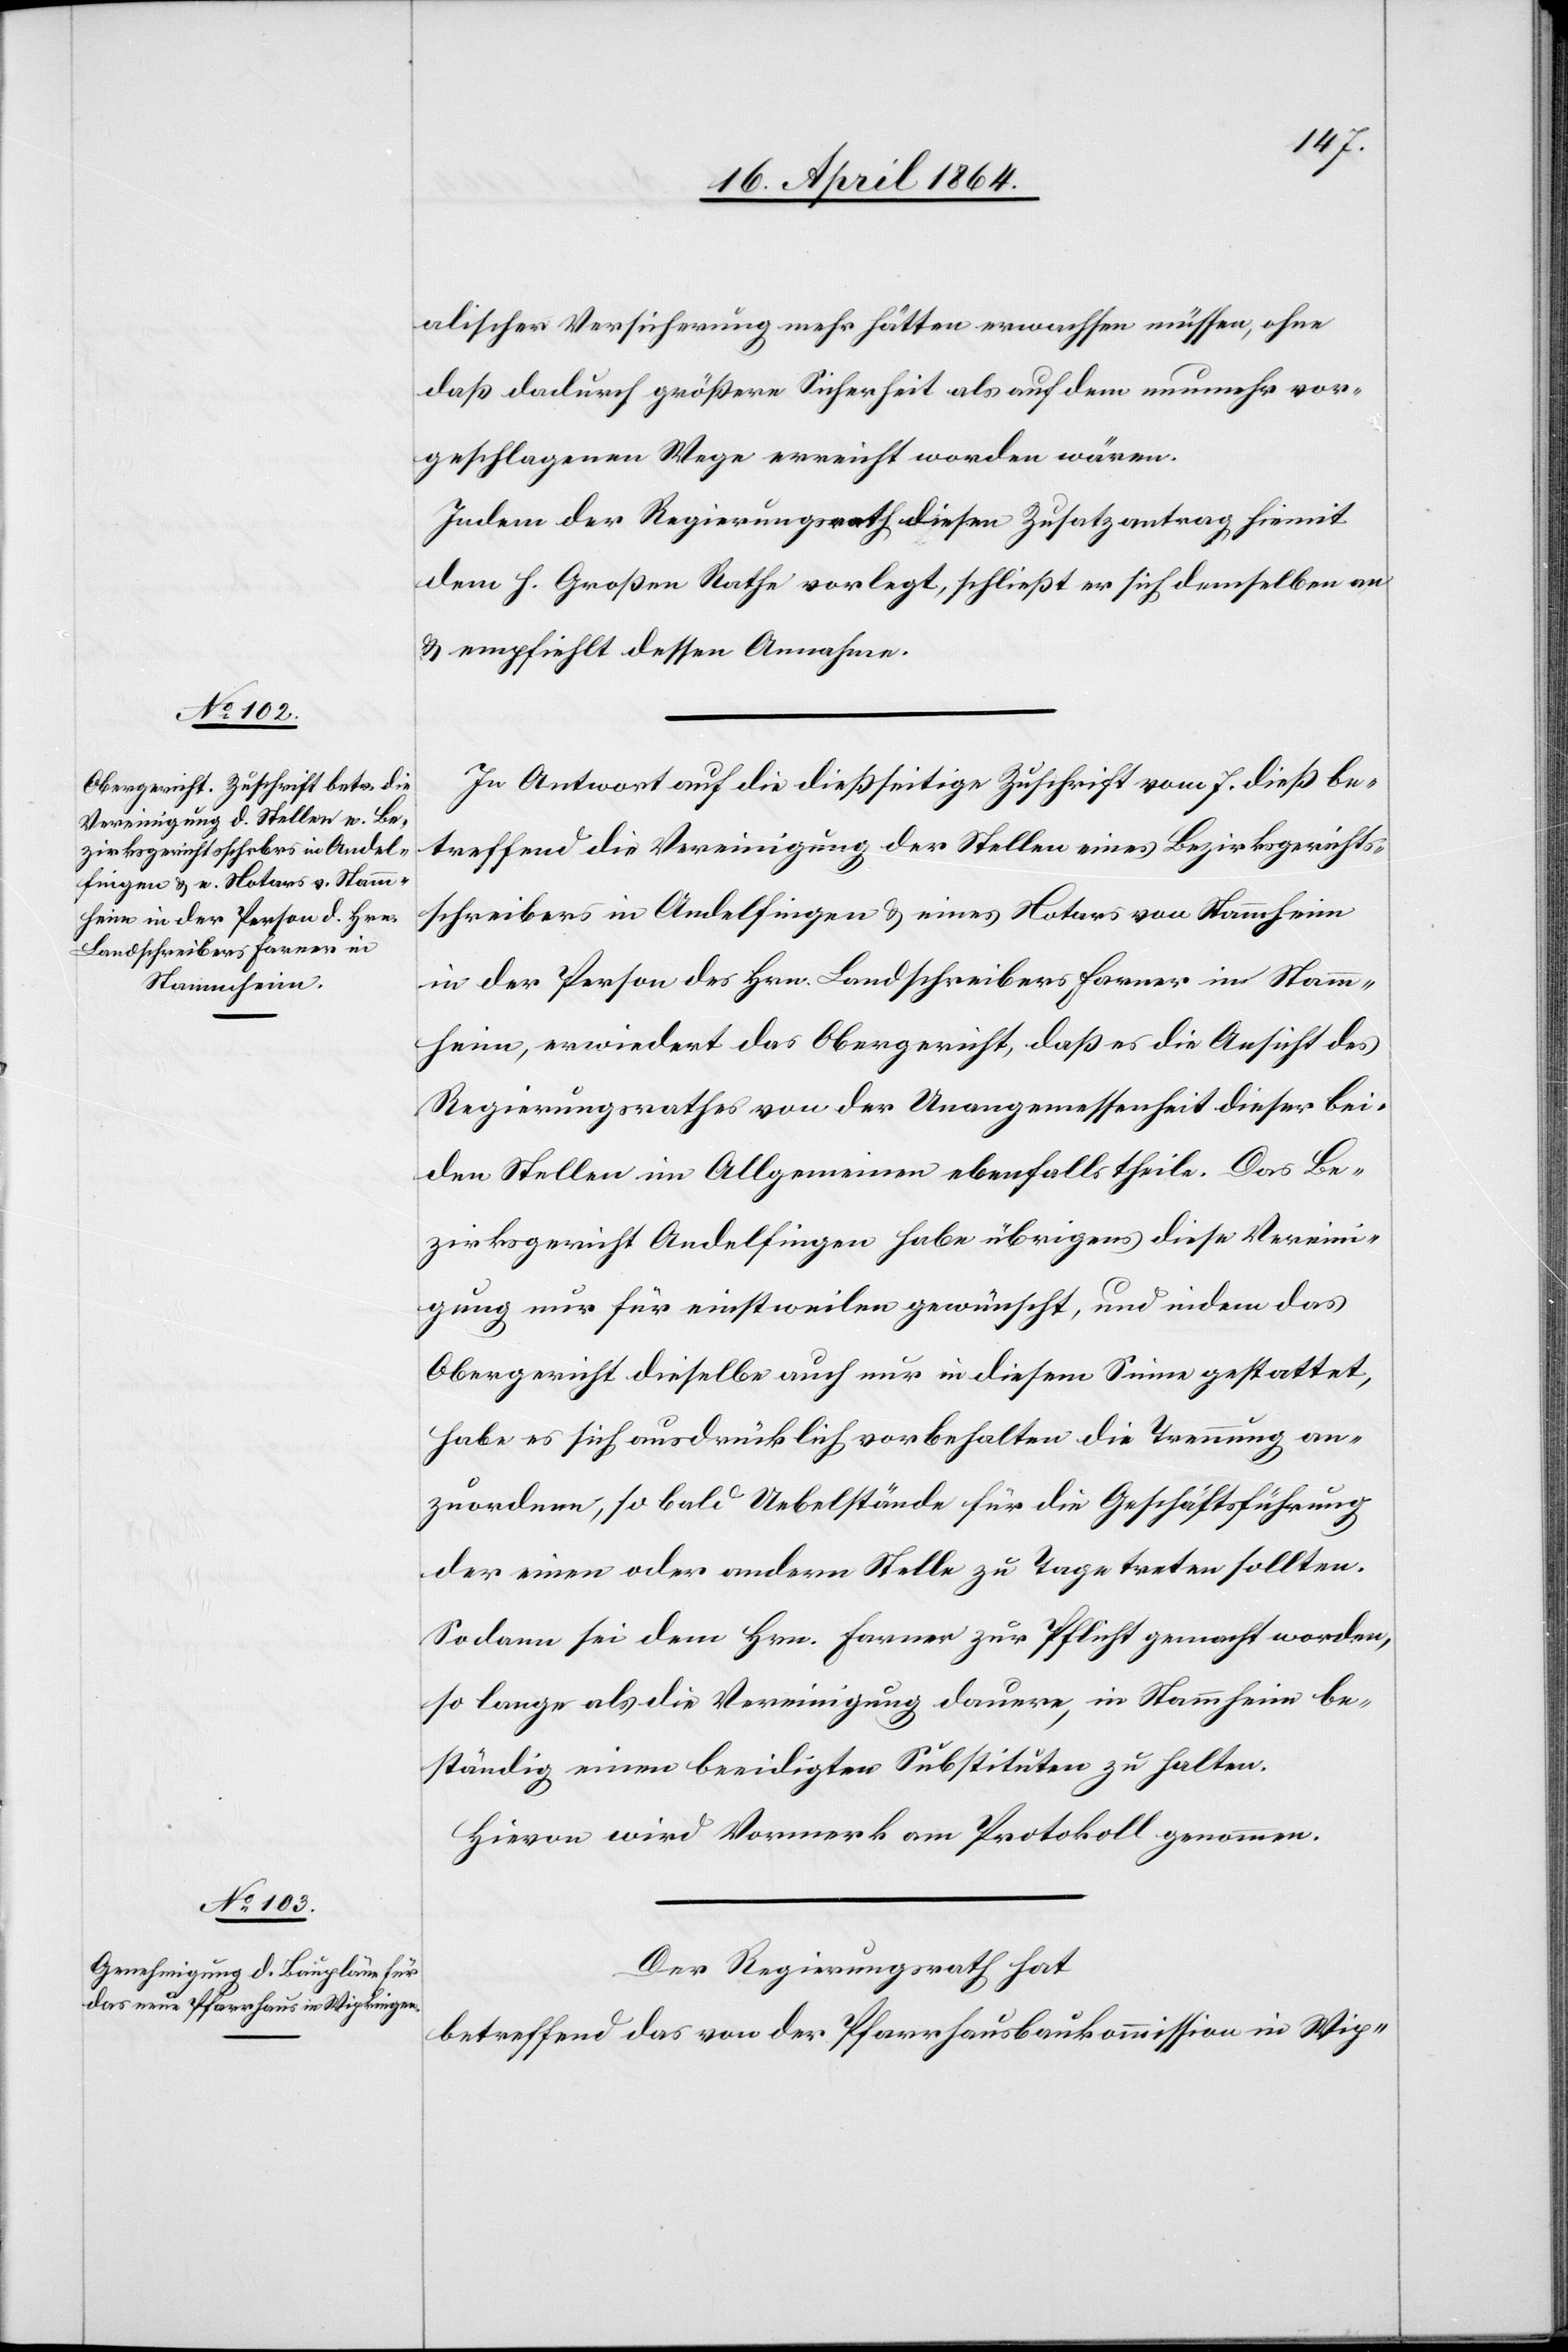
alischen Versicherung mehr hätten erwachsen müssen, ohne
daß dadurch größere Sicherheit als auf dem nunmehr vor¬
geschlagenen Wege erreicht worden wären.
Indem der Regierungsrath diesen Zusatzantrag hiemit
dem h. Großen Rathe vorlegt, schließt er sich demselben an
u. empfiehlt dessen Annahme.
In Antwort auf die dießseitige Zuschrift vom 7. dieß be¬
treffend die Vereinigung der Stellen eines Bezirksgerichts¬
schreibers in Andelfingen u. eines Notars von Stammheim
in der Person des Hrn. Landschreibers Farner in Stamm¬
heim, erwiedert das Obergericht, daß es die Ansicht des
Regierungsrathes von der Unangemessenheit dieser bei¬
den Stellen im Allgemeinen ebenfalls theile. Das Be¬
zirksgericht Andelfingen habe übrigens diese Vereini¬
gung nur für einstweilen gewünscht, und indem das
Obergericht dieselbe auch nur in diesem Sinne gestattet,
habe es sich ausdrücklich vorbehalten, die Trennung an¬
zuordnen, sobald Uebelstände für die Geschäftsführung
der einen oder andern Stelle zu Tage treten sollten.
Sodann sei dem Hrn. Farner zur Pflicht gemacht worden,
so lange als die Vereinigung dauere, in Stammheim be¬
ständig einen beeidigten Substituten zu halten.
Hievon wird Vormerk am Protokoll genommen.
Der Regierungsrath hat
betreffend das von der Pfarrhausbaukommission in Wip-